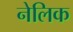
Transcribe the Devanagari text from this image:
नेलिक